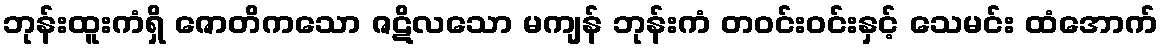
ဘုန်းထူးကံရှိ ဇောတိကသော ဇဋိလသော မကျန် ဘုန်းကံ တဝင်းဝင်းနှင့် သေမင်း ထံအောက်